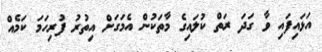
އަޅައިފައި ވާ ގަދަ ރަތް ކުލައިގެ މާތަކުން އެމަގަށް އިތުރު ފުރިހަމަ ކަމެއް